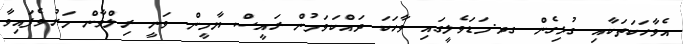
އެވާހަކަތަކާއި ގުޅިގެން ގދ.މަޑަވެލީގައި ވާހަކަ ދައްކަވަމުން ރައީސް ޔާމީން ވަނީ ރިލްވާން މަރުވެފައިވާ